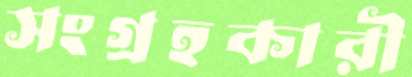
সংগ্রহকারী